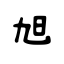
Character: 旭